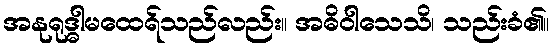
အနုရုဒ္ဓါမထေရ်သည်လည်း။ အဓိဝါသေသိ၊ သည်းခံ၏။